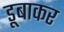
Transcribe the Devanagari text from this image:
डूबाकर